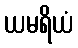
ယမရိယံ